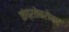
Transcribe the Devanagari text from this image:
कंप्रतेबरोबर